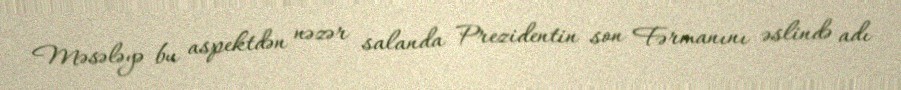
Məsələyə bu aspektdən nəzər salanda Prezidentin son Fərmanını əslində adı